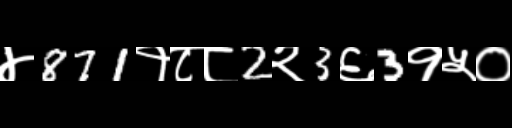
Text: ४871१८८2२3६3१५०